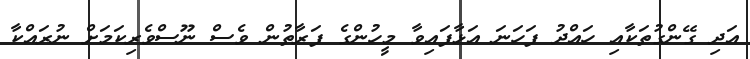
އަދި ގޭންގުތަކާއި ހައްދު ފަހަނަ އަޅާފައިވާ މީހުންގެ ފަރާތުން ވެސް ނޫސްވެރިކަމަށް ނުރައްކާ